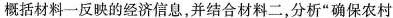
概括材料一反映的经济信息，并结合材料二，分析”确保农村